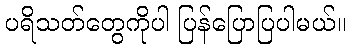
ပရိသတ်တွေကိုပါ ပြန်ပြောပြပါမယ်။